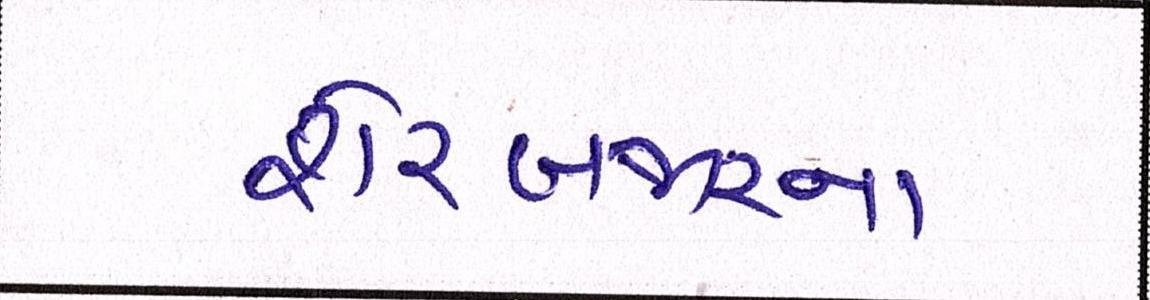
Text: શેરબજારના